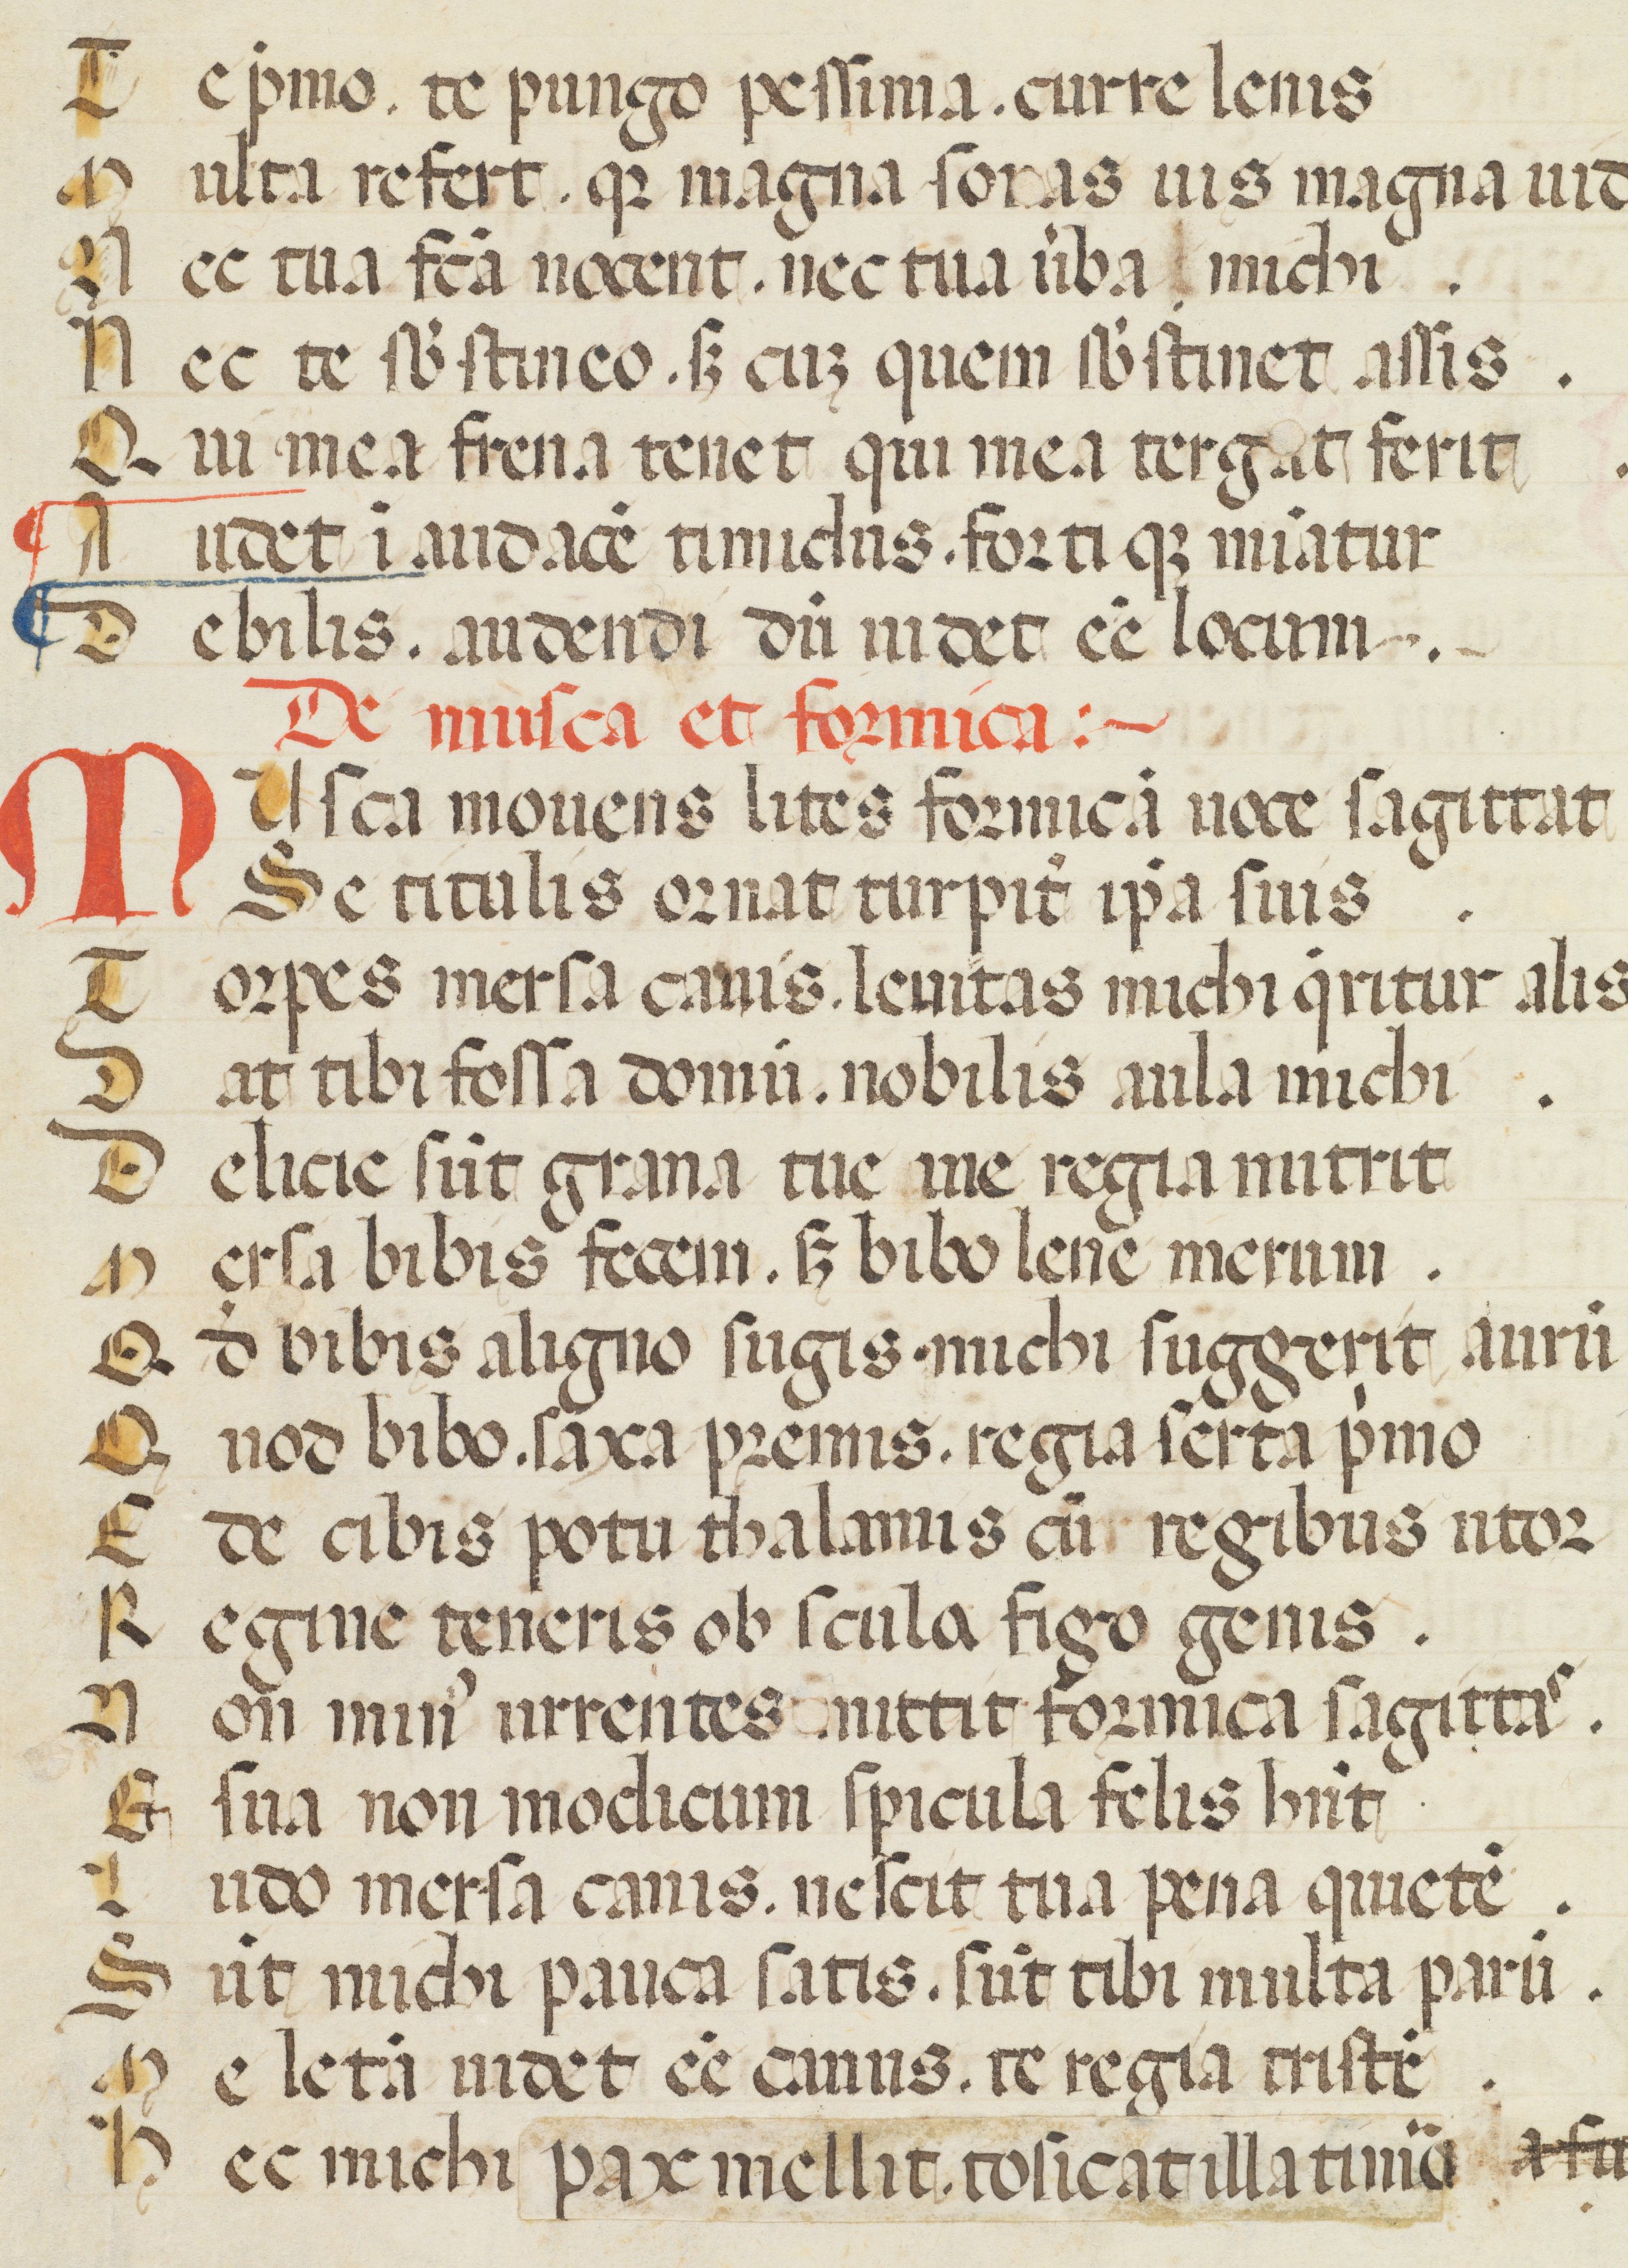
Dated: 1300–1399